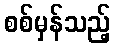
စစ်မှန်သည့်